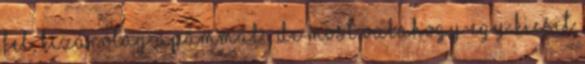
fel, kizárólag apámmal , de most valahogy egy kicsit